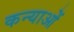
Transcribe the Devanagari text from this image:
कन्याओें